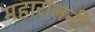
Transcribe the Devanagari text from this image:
महाराजनी